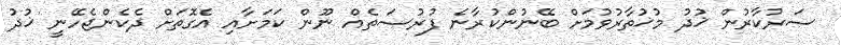
ސަރުކާރުން ޚުދު މުޚުތާރުވުމަށް ބޭނުންކުރާނެ ފުރުސަތެއް ނޫން ކަމަށާއި އެގޮތަށް ދެކެންޖެހޭނީ ޚުދު